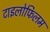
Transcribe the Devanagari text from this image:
टाइलोफिलम